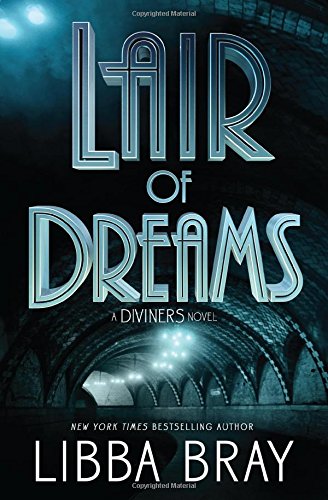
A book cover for Lair of Dreams: A Diviners Novel (The Diviners); Libba Bray; Teen & Young Adult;